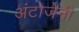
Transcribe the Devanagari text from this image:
अंटोजेनी